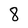
Character: 8